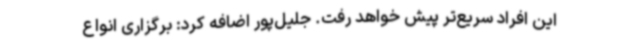
این افراد سریع‌تر پیش خواهد رفت. جلیل‌پور اضافه کرد: برگزاری انواع